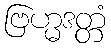
ဗြဟ္မဒတ္တံ